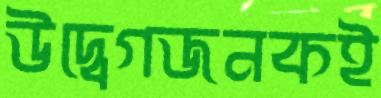
উদ্বেগজনকই